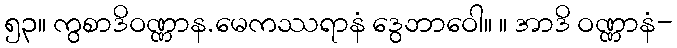
၅၃။ ကွစာဒိဝဏ္ဏာန.မေကဿရာနံ ဒွေဘာဝေါ။ ။ အာဒိ ဝဏ္ဏာနံ-